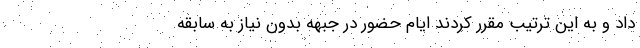
داد و به این ترتیب مقرر کردند ایام حضور در جبهه بدون نیاز به سابقه